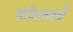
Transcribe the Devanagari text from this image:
संगीताचार्यों